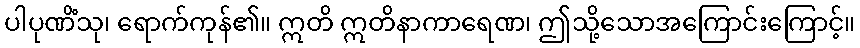
ပါပုဏိံသု၊ ရောက်ကုန်၏။ ဣတိ ဣတိနာကာရေဏ၊ ဤသို့သောအကြောင်းကြောင့်။